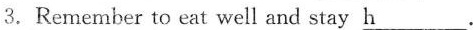
3.Remember to eat well and stay \underline{h}.